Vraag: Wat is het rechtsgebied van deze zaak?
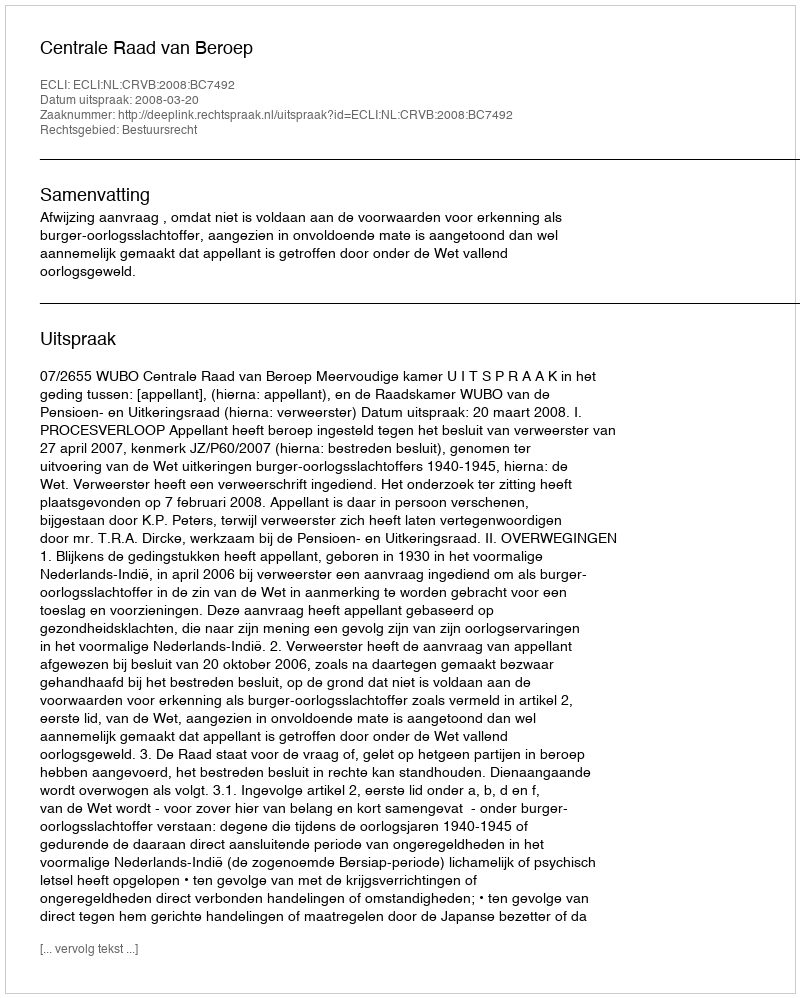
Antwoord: Bestuursrecht